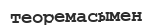
теоремасымен